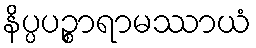
နိပ္ပပဉ္စာရာမဿာယံ